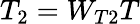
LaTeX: T_{2}=W_{T2}T